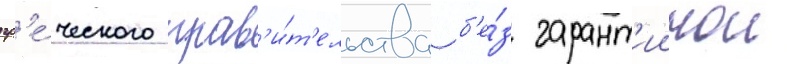
гр'е́ческого прав'и́т'ельства б'е́з гарант'иинои